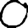
Digit: 0